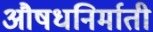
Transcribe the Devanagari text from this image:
औषधनिर्माती